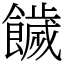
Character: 饖